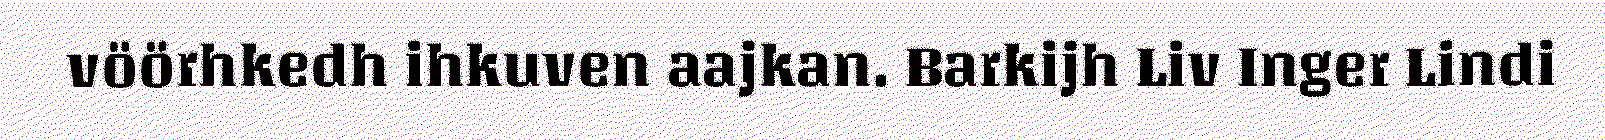
vöörhkedh ihkuven aajkan. Barkijh Liv Inger Lindi